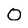
Character: O